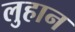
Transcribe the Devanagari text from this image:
लुहान